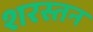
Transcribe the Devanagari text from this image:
शरस्तन